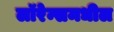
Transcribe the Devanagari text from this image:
लॉरेन्समधील